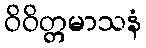
ဝိဝိတ္တမာသနံ